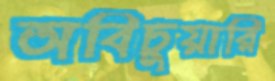
অবিচুয়ারি